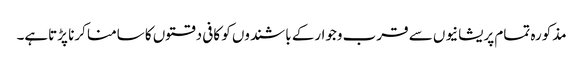
مذکورہ تمام پریشانیوں سے قرب وجوارکے باشندوں کو کافی دقتوں کا سامنا کرنا پڑتاہے۔